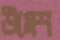
উমেশ